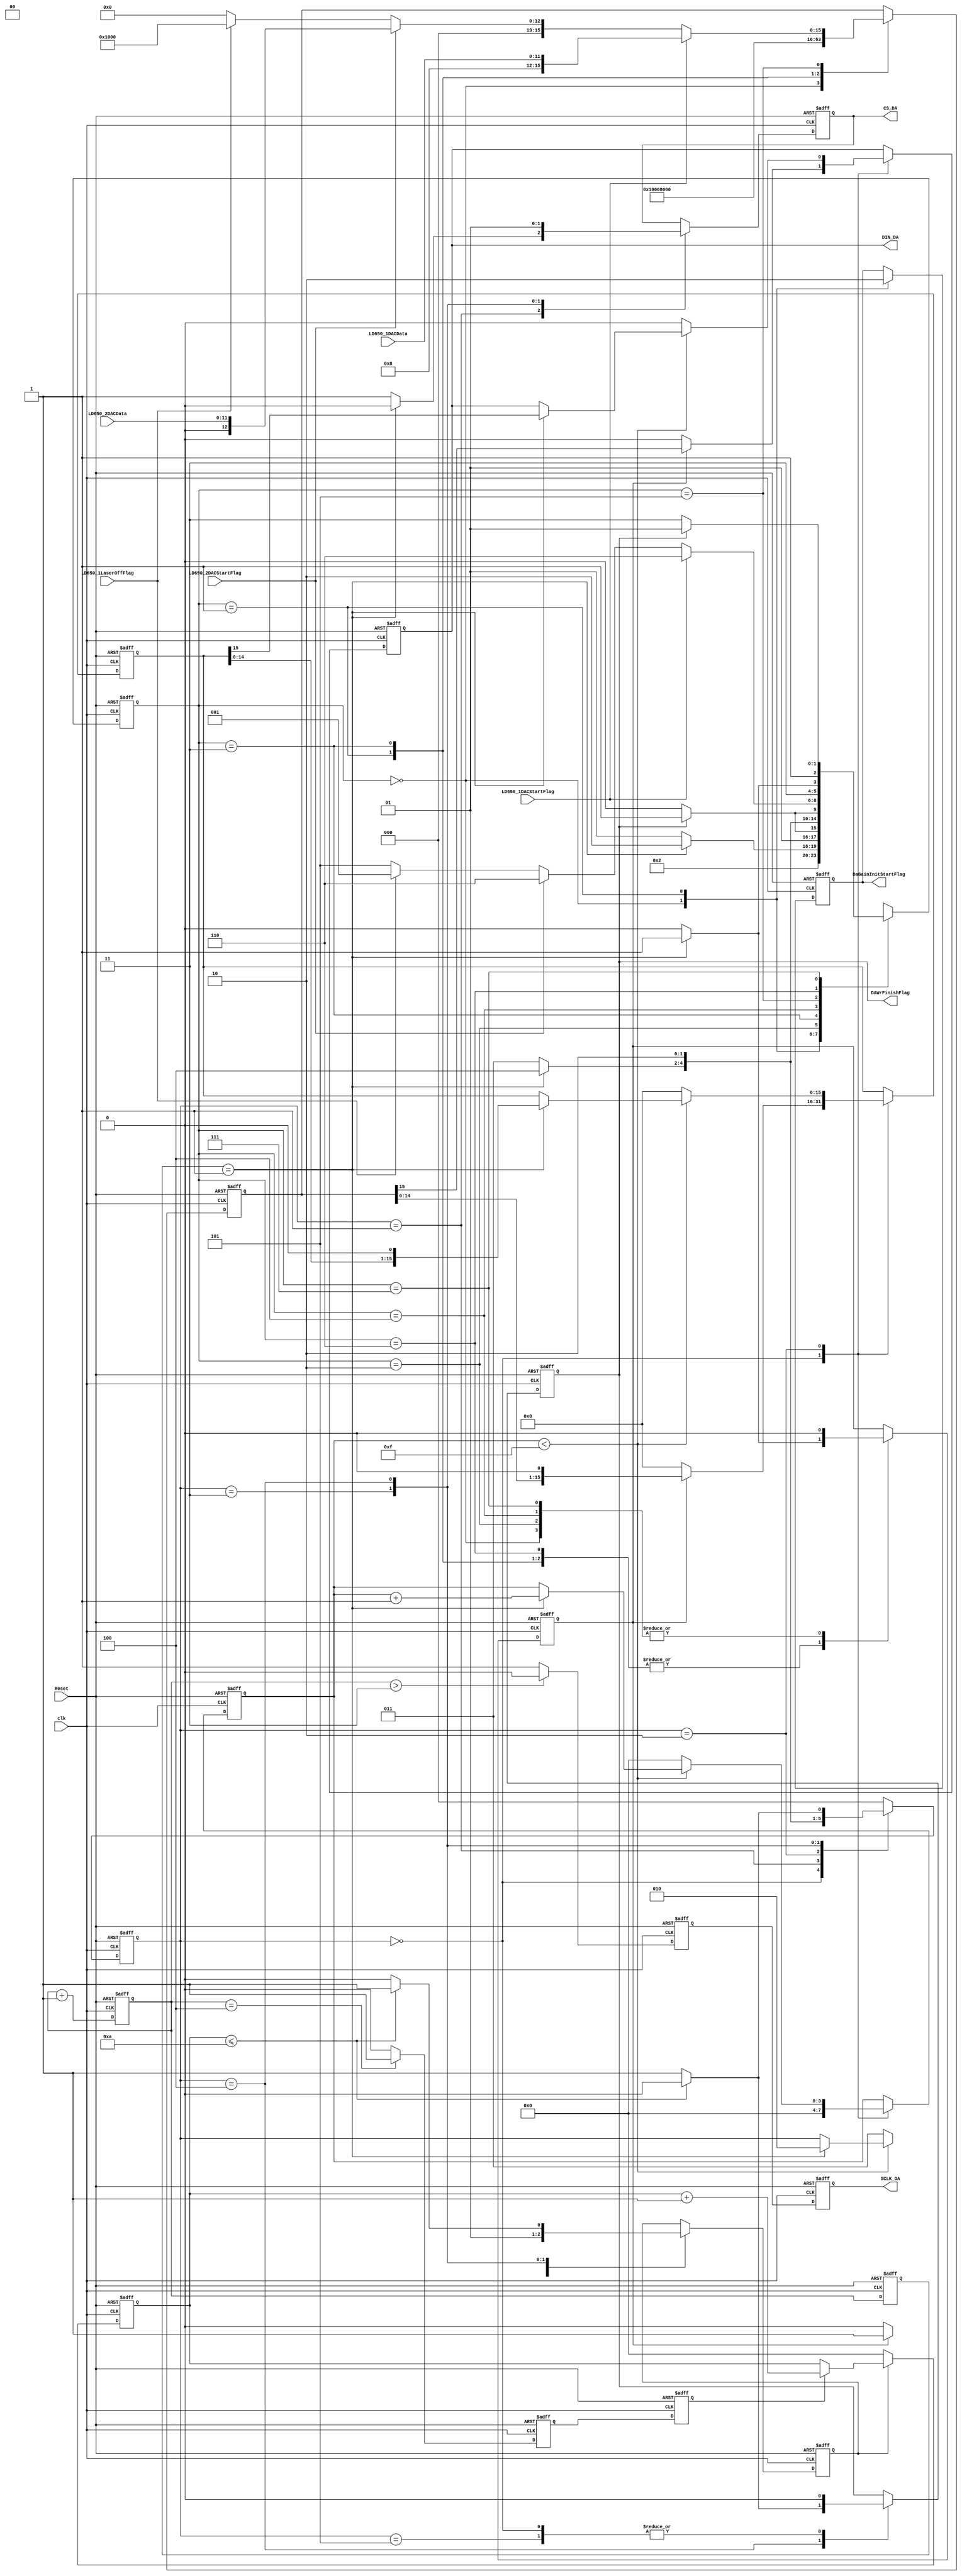
module dac_control(
 input Reset,// async reset
input clk,// main clock must be 16 x Baud Rate
input LD650_1DACStartFlag,
input LD650_2DACStartFlag,
input [11:0]LD650_1DACData,
input [11:0]LD650_2DACData,
output reg SCLK_DA,
output reg DIN_DA,
output reg CS_DA=1,

output  DAWrFinishFlag,
input LD650_1LaserOffFlag,
output reg DaGainInitStartFlag

);
reg SCLK_Risedge1;
reg [2:0]SclkCounterDA=0;

reg [2:0]DaWrState;
reg [15:0]DataLoadDA;
reg DaDelayCounterEn;
reg DAWrFinishFlag;
reg [3:0]DaCounter;
reg [3:0]DaDelayCounter;

reg [2:0]DACState;
reg DaWrStartFlag;
reg[15:0]DaWrData;//
//reg DACFinishFlag;//Ŀǰû
reg [2:0]  SclkCounter=0;
reg SCLK_Risedge;
reg SCLK_AD1;


always @(posedge clk or negedge Reset)
begin
if((!Reset) )
SclkCounter<=3'd0;
else 
SclkCounter<=SclkCounter+3'd1;
end


always @(posedge clk or negedge Reset)
begin
if((!Reset) )
begin
   SCLK_AD1<=0;
   //SCLK_AD2<=0;
end
else if(SclkCounter>3'd3)
      begin
        SCLK_AD1<=0;
        //SCLK_AD2<=1;
      end
   else
     begin
       SCLK_AD1<=1;
       //SCLK_AD2<=0;
     end          
     
end

always @(posedge clk or negedge Reset)
begin
if((!Reset) )
   SCLK_Risedge<=0;
else if(SclkCounter==3'd4)
     SCLK_Risedge<=1;
   else
     SCLK_Risedge<=0; 
end



always @(posedge clk or negedge Reset)
begin
if((!Reset) )
begin
  SCLK_DA<=0;
  SclkCounterDA<=3'd0;
  SCLK_Risedge1<=0;
end
else 
begin
  SCLK_DA<=SCLK_AD1;
  SclkCounterDA<=SclkCounter;
  SCLK_Risedge1<=SCLK_Risedge;
end     
end  


//ADдݵ״̬
always @(posedge clk or negedge Reset)
begin
if((!Reset) )
 begin
   DaWrState<=3'd0;
   CS_DA<=1;
   DataLoadDA<=16'h0000;
   DaDelayCounterEn<=0;
   DAWrFinishFlag<=0;
   DaCounter<=4'd0;
   DIN_DA<=0;
 end
else
case(DaWrState)
3'd0:
begin
  DaDelayCounterEn<=0;
  DAWrFinishFlag<=0;
  DaCounter<=4'd0;
  if(DaWrStartFlag)
    begin
      DaWrState<=3'd1;
      {DIN_DA,DataLoadDA}<={DaWrData,1'b0};
    end
  else 
    begin
      DaWrState<=3'd0;
      {DIN_DA,DataLoadDA}<=17'd0;
    end
end
3'd1:
begin
  if(SclkCounterDA==3'd1)//cs½ҪSCLK½֮ǰʱҪС5ns004ʱSCLK=0ػ3
    begin
      DaWrState<=3'd2;
      CS_DA<=0;
    end
 else
   begin
     DaWrState<=3'd1; 
     CS_DA<=1;
   end
   
end
3'd2:
 begin
   if( (DaCounter<4'd15))//ͬһ״̬´ݣһADд
     begin
       if((SclkCounterDA==3'd1))
         begin
          {DIN_DA,DataLoadDA}<={DataLoadDA,1'b0};
          DaCounter<=DaCounter+4'd1;
           DaWrState<=3'd2; 
         end
       else
         ;
     end
   else 
     begin
       {DIN_DA,DataLoadDA}<=16'd0;
       DaCounter<=4'd0;
       DaWrState<=3'd3;         
     end
 end
3'd3:
 begin
   DaDelayCounterEn<=1;
   CS_DA<=0;
   if((SclkCounterDA==3'd1))
     DaWrState<=3'd4; 
   else 
     DaWrState<=3'd3; 
 end
3'd4://ʱһʱ䣬һдֿ
 begin
   CS_DA<=1;
   if( DaDelayCounter<=4'd10)
     begin
       DaWrState<=3'd4;
       DAWrFinishFlag<=0;
       DaDelayCounterEn<=1;    
     end
   else 
     begin
       DaWrState<=3'd5; 
       DAWrFinishFlag<=1;
       DaDelayCounterEn<=0;
     end
 end
3'd5:
 begin
   DaWrState<=3'd0; 
   DAWrFinishFlag<=0;
 end
default:DaWrState<=3'd0; 
endcase
end

always @(posedge clk or negedge Reset)
begin
if(~Reset)
DaDelayCounter<=4'd0;
else if(DaDelayCounterEn   )
    begin
      if(SCLK_Risedge1)
         DaDelayCounter<=DaDelayCounter+4'd1;
      else
        ;
    end
  else 
    DaDelayCounter<=4'd0;
end    


always @(posedge clk or negedge Reset)
begin
if((!Reset) )
begin
 DACState<=3'd0;
 DaWrStartFlag<=0;
 DaWrData<=16'h0000;//
 //DACFinishFlag<=0;
 DaGainInitStartFlag<=0;
end
else 
case(DACState)
 3'd0:
   begin
     DaWrData<=16'h0000;
     DaGainInitStartFlag<=1;
     //DACFinishFlag<=0;    
     DaWrStartFlag<=0;
     DACState<=3'd1;
   end
 
 3'd1:
   begin
     DaGainInitStartFlag<=0;
     DaWrData<=16'h1000;//1000H,ϵʼΪA/BͨΪ0ģʽΪ01DAC Bдbufferģʽ
     //DACFinishFlag<=0;    
     if((SclkCounterDA==3'd1))    
       begin
         DaWrStartFlag<=1;
         DACState<=3'd2;
       end
     else
       begin
         DaWrStartFlag<=0;    
         DACState<=3'd1;
       end              
   end
 3'd2:
   begin
     DaWrStartFlag<=0;
     if(DAWrFinishFlag)
       DACState<=3'd3;
     else
       DACState<=3'd2;
   end
  3'd3:
   begin
     //DACFinishFlag<=0;    
     DaWrData<=16'h8000;//ϵʼ DAC  AֵдbufferͬʱDAC AB
      if((SclkCounterDA==3'd1))    
        begin
         DaWrStartFlag<=1;
         DACState<=3'd4;
       end
     else
       begin
         DaWrStartFlag<=0;    
         DACState<=3'd3;
       end                         
   end
 3'd4:
   begin
     //DACFinishFlag<=0;
     DaWrStartFlag<=0;
     if(DAWrFinishFlag)
       DACState<=3'd5;
     else
       DACState<=3'd4;
   end
  3'd5://ʼȴDAתʼź
    begin
      //DACFinishFlag<=0;           
      if(LD650_1DACStartFlag )
        begin
          DACState<=3'd6;
          DaWrData<={4'b1000,LD650_1DACData};// DAC  AֵдbufferͬʱDAC A
        end
      else if(LD650_2DACStartFlag)
             begin
               DACState<=3'd6;
               DaWrData<={4'b0000,LD650_2DACData};// DAC  BֵдbufferͬʱDAC B
             end
           else if(LD650_1LaserOffFlag)//DAһֹͣźţֻһźţûLD650_2LaserOffFlag
                  begin
                    DACState<=3'd1;
                    DaWrData<=16'h1000;
                  end
                else
                  begin
                    DACState<=3'd5;
                    DaWrData<=16'h0000;
                  end
    end
  3'd6:
    begin
      if((SclkCounterDA==3'd1) )
        begin
          DaWrStartFlag<=1;
          DACState<=3'd7;    
        end
      else
        begin
          DaWrStartFlag<=0;   
          DACState<=3'd6;    
        end
    end         
  3'd7:
    begin
      DaWrStartFlag<=0;
      if(DAWrFinishFlag)
        DACState<=3'd5;
      else
        DACState<=3'd7;           
    end
  default:DACState<=3'd0;
endcase
end    

endmodule